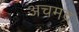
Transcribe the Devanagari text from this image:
अचमद